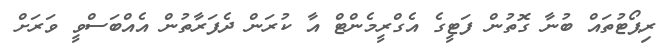
ރިޕޯޓުތައް ބުނާ ގޮތުން ފަޓީގެ އެގްރީމެންޓް އާ ކުރަން ދެފަރާތުން އެއްބަސްވީ ވަރަށް